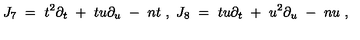
J _ { 7 } \ = \ t ^ { 2 } \partial _ { t } \ + \ t u \partial _ { u } \ - \ n t \ , \ J _ { 8 } \ = \ t u \partial _ { t } \ + \ u ^ { 2 } \partial _ { u } \ - \ n u \ ,